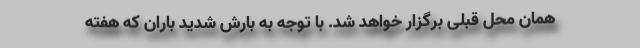
همان محل قبلی برگزار خواهد شد. با توجه به بارش شدید باران که هفته